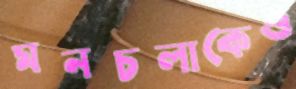
মনচলাকেও